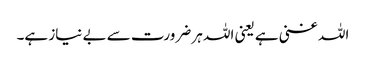
اللہ غنی ہے یعنی اللہ ہر ضرورت سے بے نیاز ہے۔